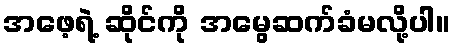
အဖေ့ရဲ့ ဆိုင်ကို အမွေဆက်ခံမလို့ပါ။